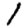
Digit: 1